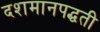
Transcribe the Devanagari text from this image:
दशमानपद्धती